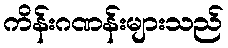
ကိန်းဂဏန်းများသည်